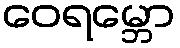
ဝေရမ္ဘော